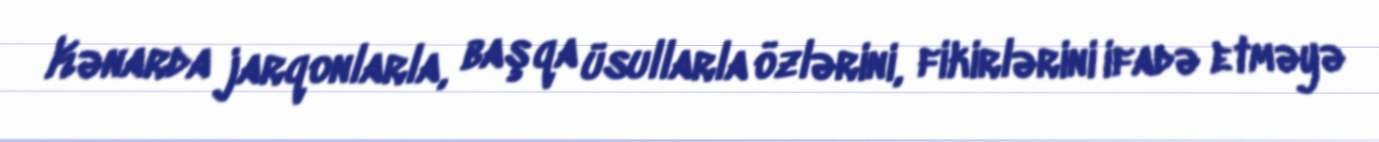
Kənarda jarqonlarla, başqa üsullarla özlərini, fikirlərini ifadə etməyə